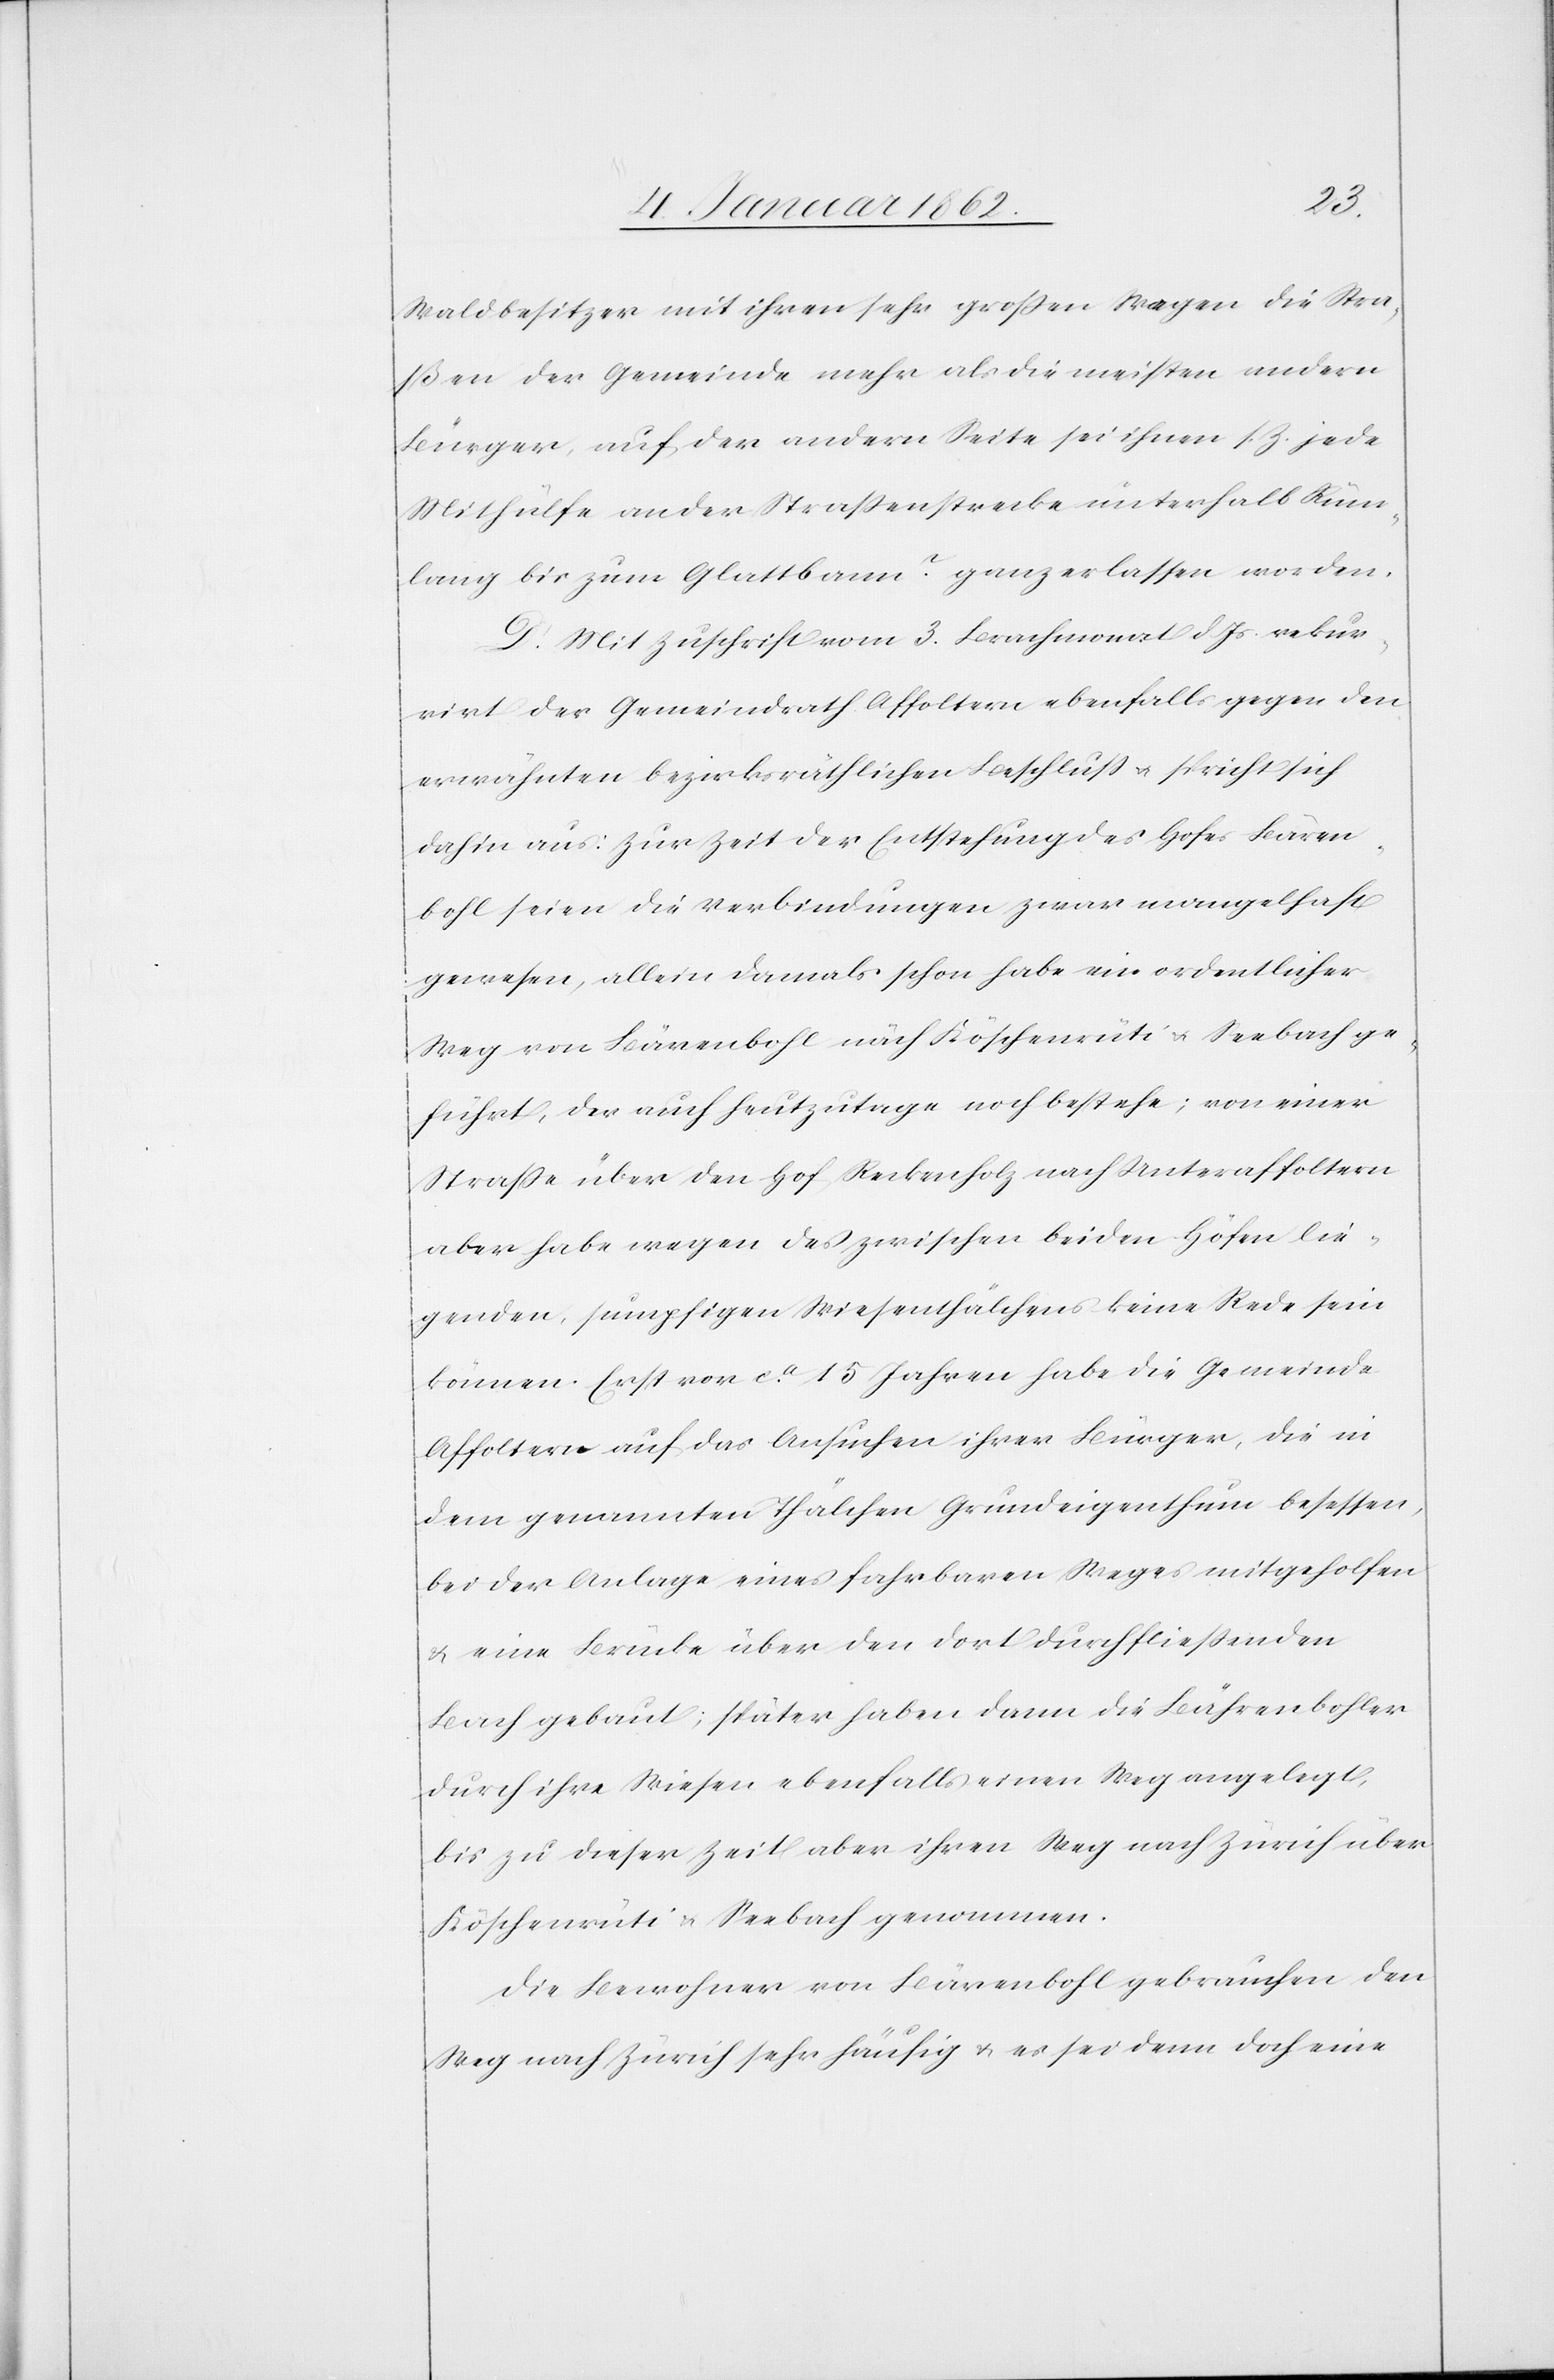
Waldbesitzer mit ihren sehr großen Wagen die Stra¬
ßen der Gemeinde mehr als die meisten andern
Bürger, auf der andern Seite sei ihnen s. Z. jede
Mithülfe an der Straßenstrecke unterhalb Rüm¬
lang bis zum Glattbann? ganz erlassen worden.
D. Mit Zuschrift vom 3. Brachmonat d. Js. rekur¬
rirt der Gemeindrath Affoltern ebenfalls gegen den
erwähnten bezirksräthlichen Beschluß u. spricht sich
dahin aus: Zur Zeit der Entstehung des Hofes Bären¬
bohl seien die Verbindungen zwar mangelhaft
gewesen, allein damals schon habe ein ordentlicher
Weg von Bärenbohl nach Köschenrüti u. Seebach ge¬
führt, der auch heutzutage noch bestehe; von einer
Straße über den Hof Reckenholz nach Unteraffoltern
aber habe wegen des zwischen beiden Höfen lie¬
genden, sumpfigen Wiesenthälchens keine Rede sein
können. Erst vor ca. 15 Jahren habe die Gemeinde
Affoltern auf das Ansuchen ihrer Bürger, die in
dem genannten Thälchen Grundeigenthum besessen,
bei der Anlage eines fahrbaren Weges mitgeholfen
u. eine Brücke über den dort durchfließenden
Bach gebaut; später haben dann die Bährenbohler
durch ihre Wiesen ebenfalls einen Weg angelegt,
bis zu dieser Zeit aber ihren Weg nach Zürich über
Köschenrüti u. Seebach genommen.
Die Bewohner von Bärenbohl gebrauchen den
Weg nach Zürich sehr häufig u. es sei denn doch eine